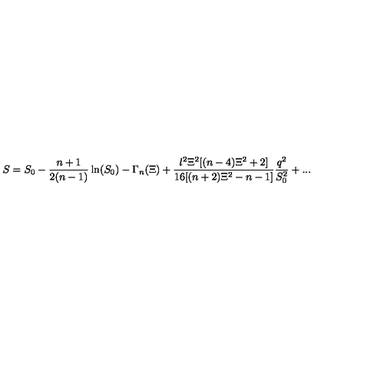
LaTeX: S = S _ { 0 } - \frac { n + 1 } { 2 ( n - 1 ) } \ln ( S _ { 0 } ) - \Gamma _ { n } ( \Xi ) + \frac { l ^ { 2 } \Xi ^ { 2 } [ ( n - 4 ) \Xi ^ { 2 } + 2 ] } { 1 6 [ ( n + 2 ) \Xi ^ { 2 } - n - 1 ] } \frac { q ^ { 2 } } { S _ { 0 } ^ { 2 } } + . . .